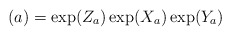
\begin{align*} (a)= \exp(Z_a)\exp(X_a)\exp(Y_a)\end{align*}